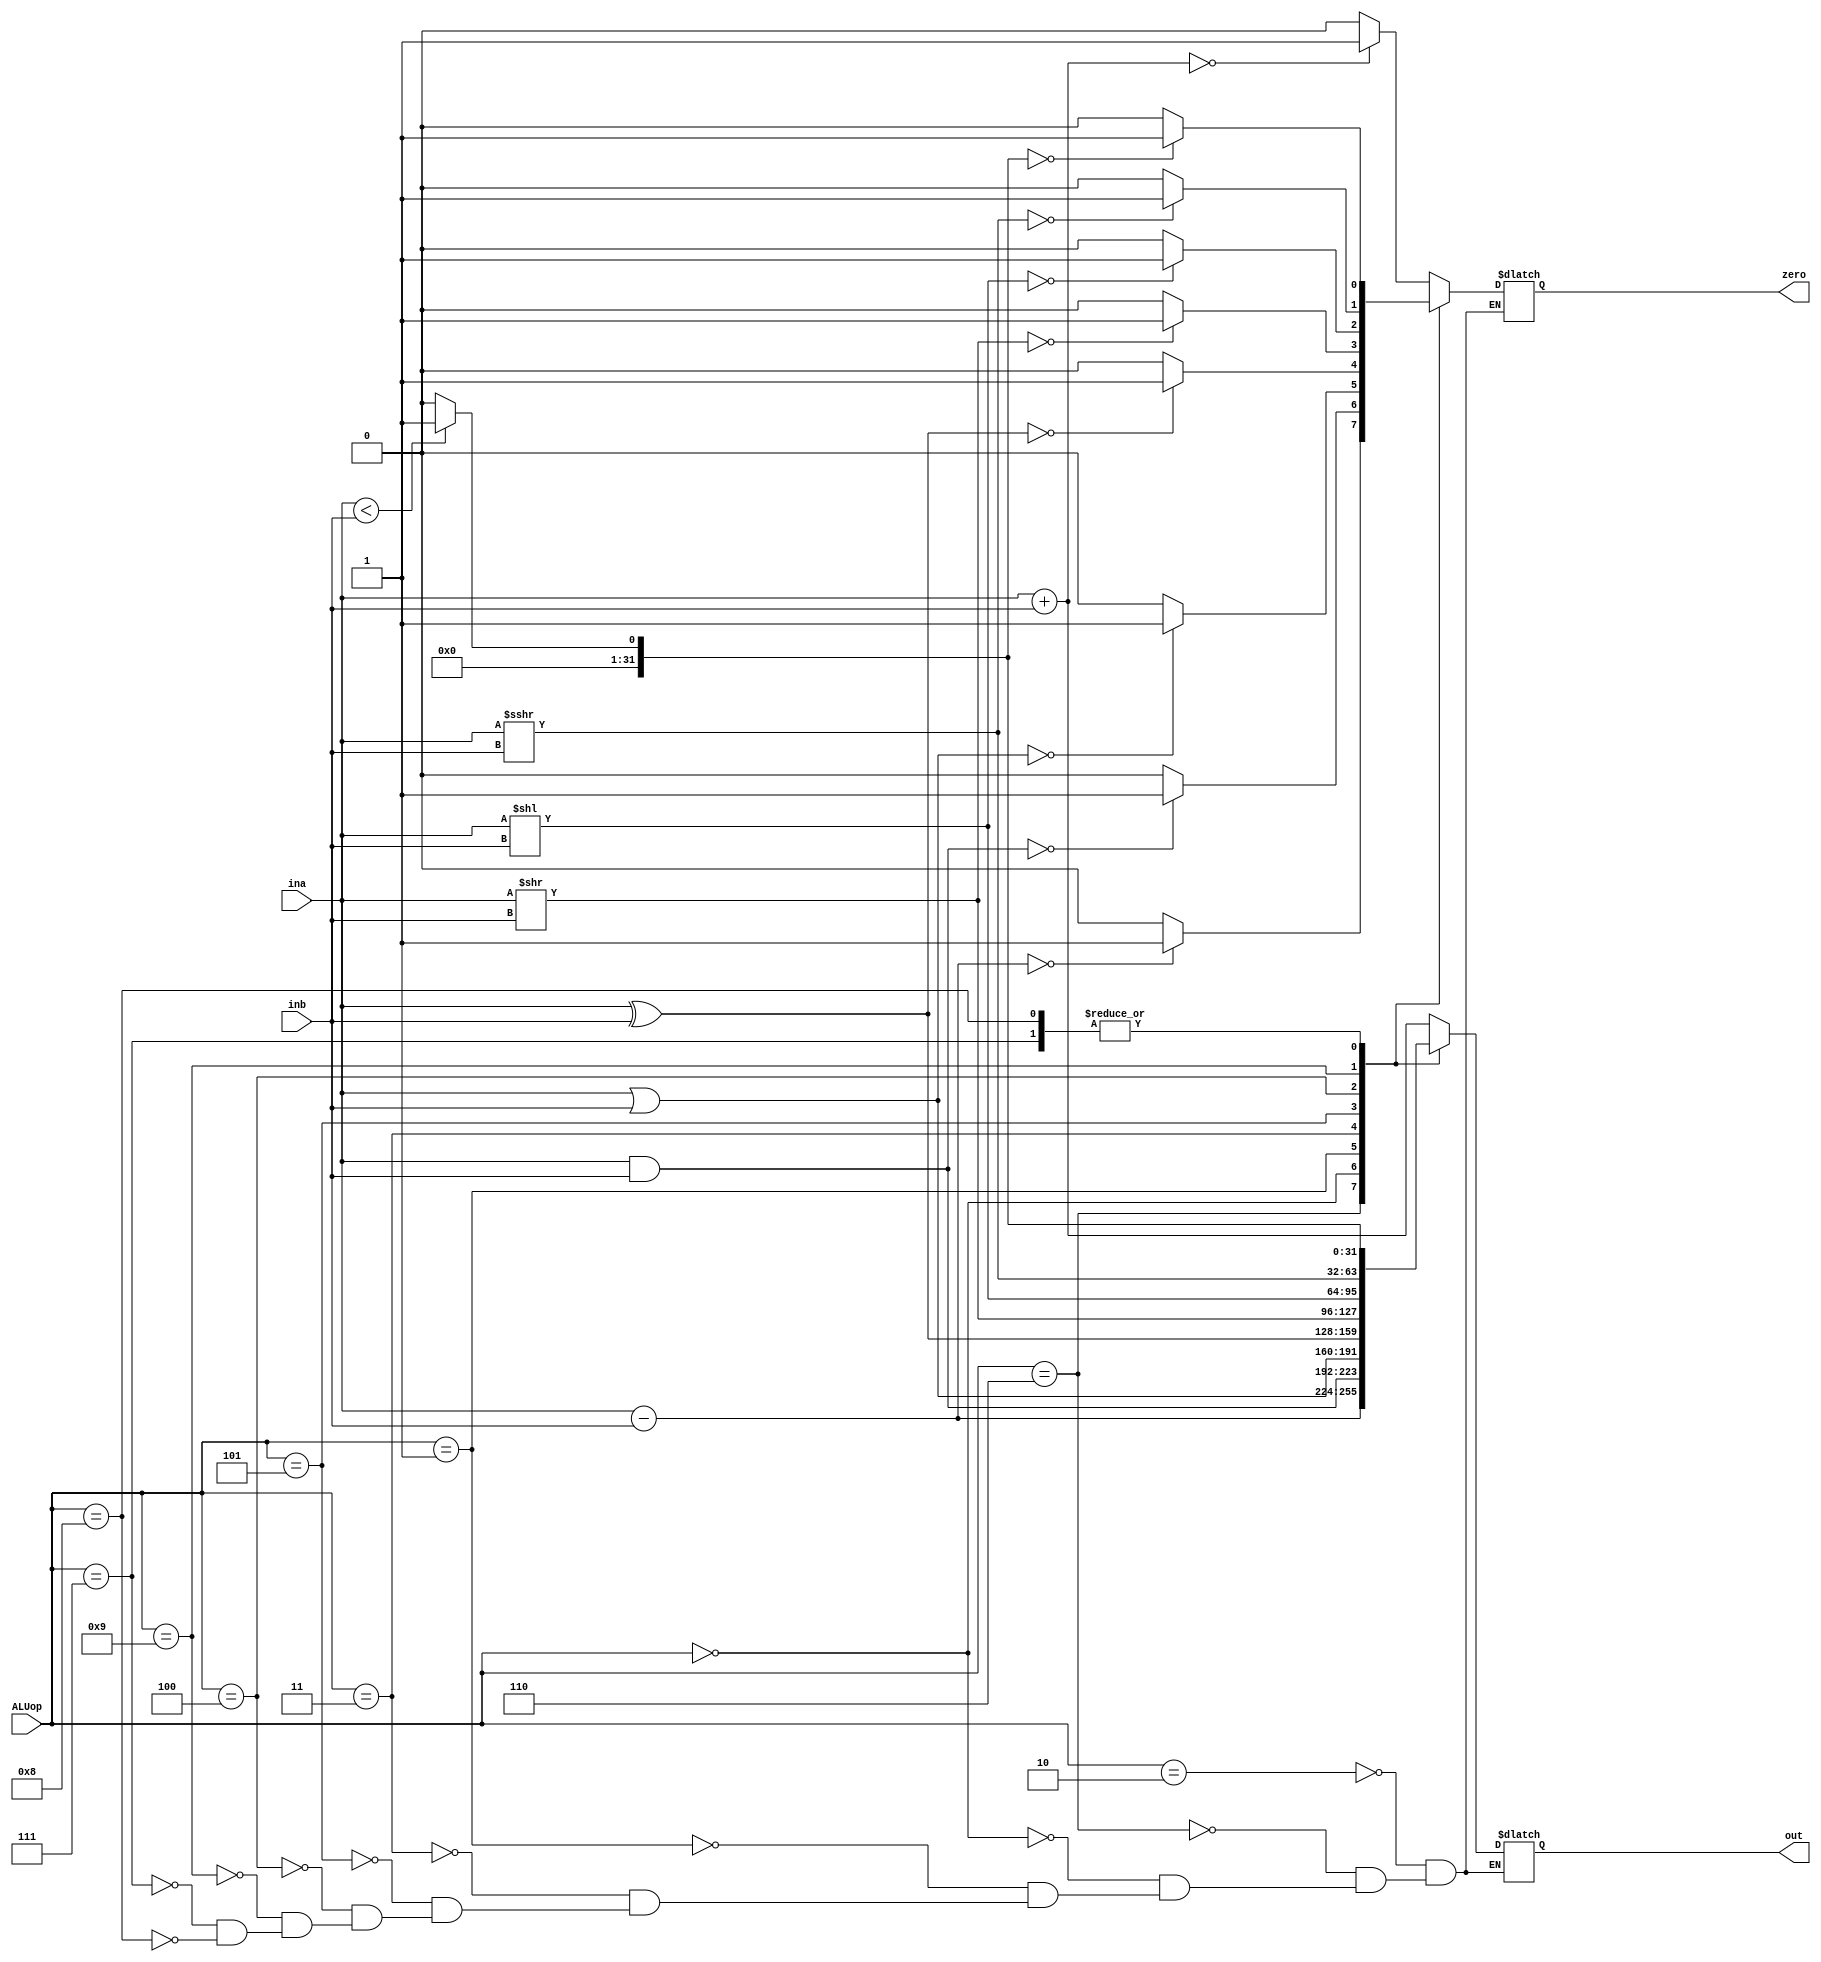
`timescale 1ns / 1ps
//////////////////////////////////////////////////////////////////////////////////
// Company: 
// Engineer: 
// 
// Design Name: 
// Module Name: ALU
// Project Name: 
// Target Devices: 
// Tool Versions: 
// Description: 
// 
// Dependencies: 
// 
// Revision:
// Revision 0.01 - File Created
// Additional Comments:
// 
//////////////////////////////////////////////////////////////////////////////////


module ALU(input [3:0] ALUop,
           input [31:0] ina,inb,
           output zero,
           output reg [31:0] out);
           
   reg zero_flag = 1'b0;
 
    always @* begin
        case (ALUop)
           
           //LD, SD, add
           4'b0010: begin
                out = ina + inb;
                
                if (out == 32'b0) begin
                    zero_flag = 1'b1;
                end
                else begin
                    zero_flag = 1'b0;
                end
           end 
           
           //sub
           4'b0110: begin 
                out = ina - inb;
                
                if (out == 32'b0) begin
                    zero_flag = 1'b1;
                end
                else begin
                    zero_flag = 1'b0;
                end
           end
           
           //and
           4'b0000: begin
                out = ina & inb;
                
                if (out == 32'b0) begin
                    zero_flag = 1'b1;
                end
                else begin
                    zero_flag = 1'b0;
                end
           end
           
           //or
           4'b0001: begin
                out = ina | inb;
                
                if (out == 32'b0) begin
                    zero_flag = 1'b1;
                end
                else begin
                    zero_flag = 1'b0;
                end
           end
           
           //xor
           4'b0011: begin
                out = ina ^ inb;
                
                if (out == 32'b0) begin
                    zero_flag = 1'b1;
                end
                else begin
                    zero_flag = 1'b0;
                end
           end
           
           //srl, srli
           4'b0101: begin
                out = ina >> inb;
                
                if (out == 32'b0) begin
                    zero_flag = 1'b1;
                end
                else begin
                    zero_flag = 1'b0;
                end
           end
           
           //sll, slli
           4'b0100: begin
                out = ina << inb;
                
                if (out == 32'b0) begin
                    zero_flag = 1'b1;
                end
                 else begin
                    zero_flag = 1'b0;
                end
           end
           
           //sra, srai
           4'b1001: begin
                out = ina >>> inb;
                
                if (out == 32'b0) begin
                    zero_flag = 1'b1;
                end
                 else begin
                    zero_flag = 1'b0;
                end
           end
           
           //sltu
           4'b0111: begin
                if (ina < inb) begin
                    out = 1;
                end 
                else begin
                    out = 32'b0;
                end
                
                if (out == 32'b0) begin
                    zero_flag = 1'b1;
                end
                 else begin
                    zero_flag = 1'b0;
                end
           end
           
           //slt
           4'b1000: begin
                if (ina < inb) begin
                    out = 1;
                end 
                else begin
                    out = 32'b0;
                end
                
                if (out == 32'b0) begin
                    zero_flag = 1'b1;
                end
                 else begin
                    zero_flag = 1'b0;
                end
           end        
        endcase
    end  
    
    assign zero = zero_flag;   
endmodule